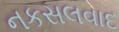
નકસલવાદ